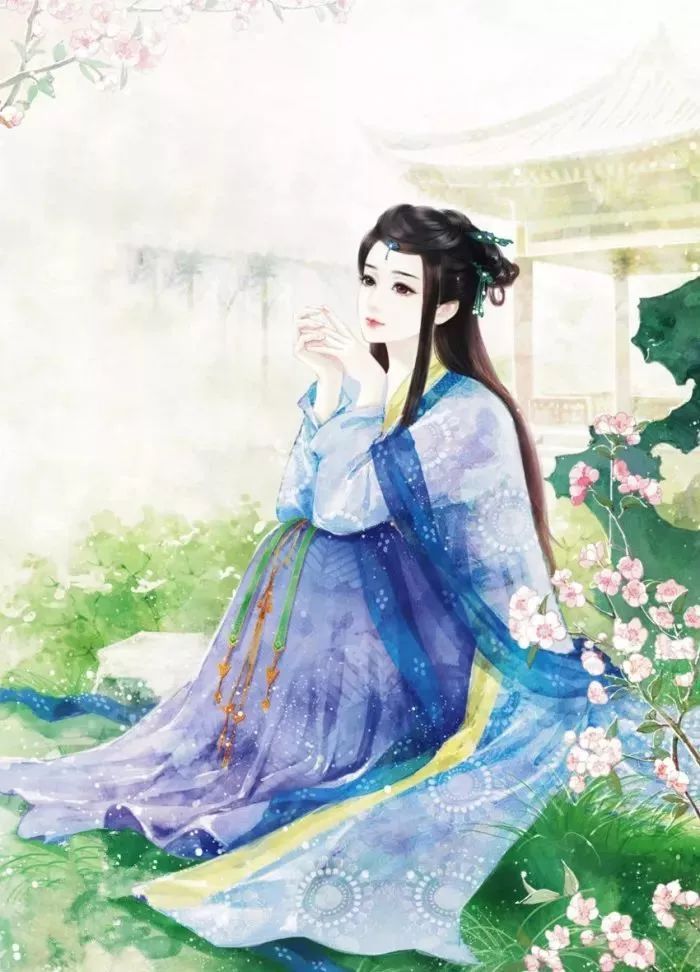
残月出门时，美人和泪辞。